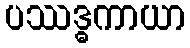
ပဿဒ္ဓကာယာ